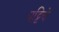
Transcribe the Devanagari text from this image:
पट्टिचे